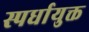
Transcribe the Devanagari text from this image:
स्पर्धायुक्त